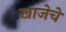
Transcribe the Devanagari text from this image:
खाजेचे